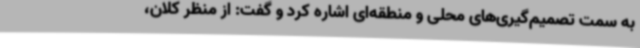
به سمت تصمیم‌گیری‌های محلی و منطقه‌ای اشاره کرد و گفت: از منظر کلان،